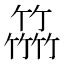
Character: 𥴒